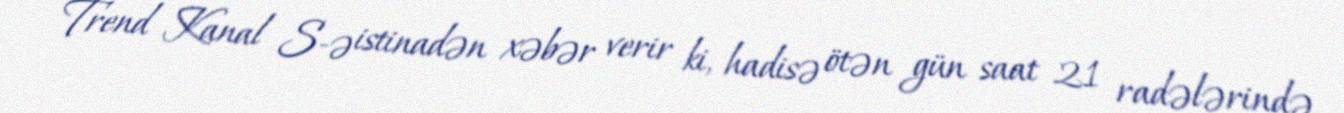
Trend Kanal S-ə istinadən xəbər verir ki, hadisə ötən gün saat 21 radələrində